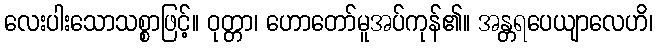
လေးပါးသောသစ္စာဖြင့်။ ဝုတ္တာ၊ ဟောတော်မူအပ်ကုန်၏။ အန္တရပေယျာလေဟိ၊